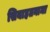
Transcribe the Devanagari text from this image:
सियाहतनामा